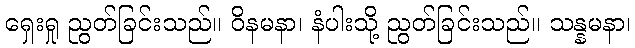
ရှေးရှု ညွတ်ခြင်းသည်။ ဝိနမနာ၊ နံပါးသို့ ညွတ်ခြင်းသည်။ သန္နမနာ၊